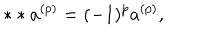
* * a ^ { ( p ) } = ( - 1 ) ^ { p } a ^ { ( p ) } ,